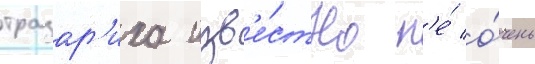
тразар'иха изв'е́стно н'е́ о́чень